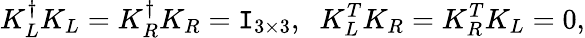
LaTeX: K_{L}^{\dagger}K_{L}=K_{R}^{\dagger}K_{R}=\mathtt{I}_{3\times3},\; \; K_{L}^{T}K_{R}=K_{R}^{T}K_{L}=0,